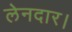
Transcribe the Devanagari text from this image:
लेनदार।